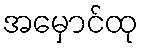
အမှောင်ထု